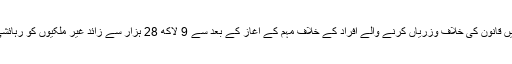
سعودی عرب کی وزارتِ داخلہ کا کہنا تھا کہ گزشتہ برس نومبر میں قانون کی خلاف وزریاں کرنے والے افراد کے خلاف مہم کے آغاز کے بعد سے 9 لاکھ 28 ہزار سے زائد غیر ملکیوں کو رہائشی، ملازمتوں اور سرحدی قوانین کی خلاف ورزی پر گرفتار کیا گیا۔